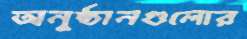
অনুষ্ঠানগুলোর